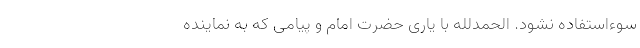
سوءاستفاده نشود. الحمدلله با یاری حضرت امام و پیامی که به نماینده